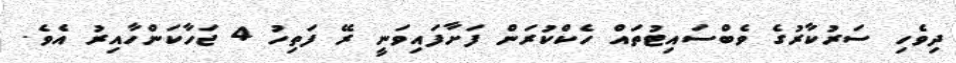
ދިވެހި ސަރުކާރުގެ ވެބްސައިޓުތައް ހެކްކުރަން ފަށާފައިވަނީ ރޭ ފަތިހު 4 ޖަހާކަންހާއިރު އެވެ.